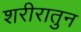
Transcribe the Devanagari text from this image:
शरीरातुन